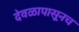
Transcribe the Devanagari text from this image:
देवळापासूनच